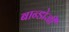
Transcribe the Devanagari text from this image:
बान्डोजी